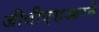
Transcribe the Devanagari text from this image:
जीबीएसआरने